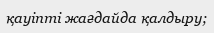
қауіпті жағдайда қалдыру;